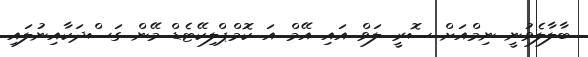
ބާލާލެވުނީ ނިމްއަށް ސޮރީ ލަވް އައި އޭމް އަ ކޮމްޕްލިކޭޓެޑް މޭން ގަސްދަކާއިނުލައި